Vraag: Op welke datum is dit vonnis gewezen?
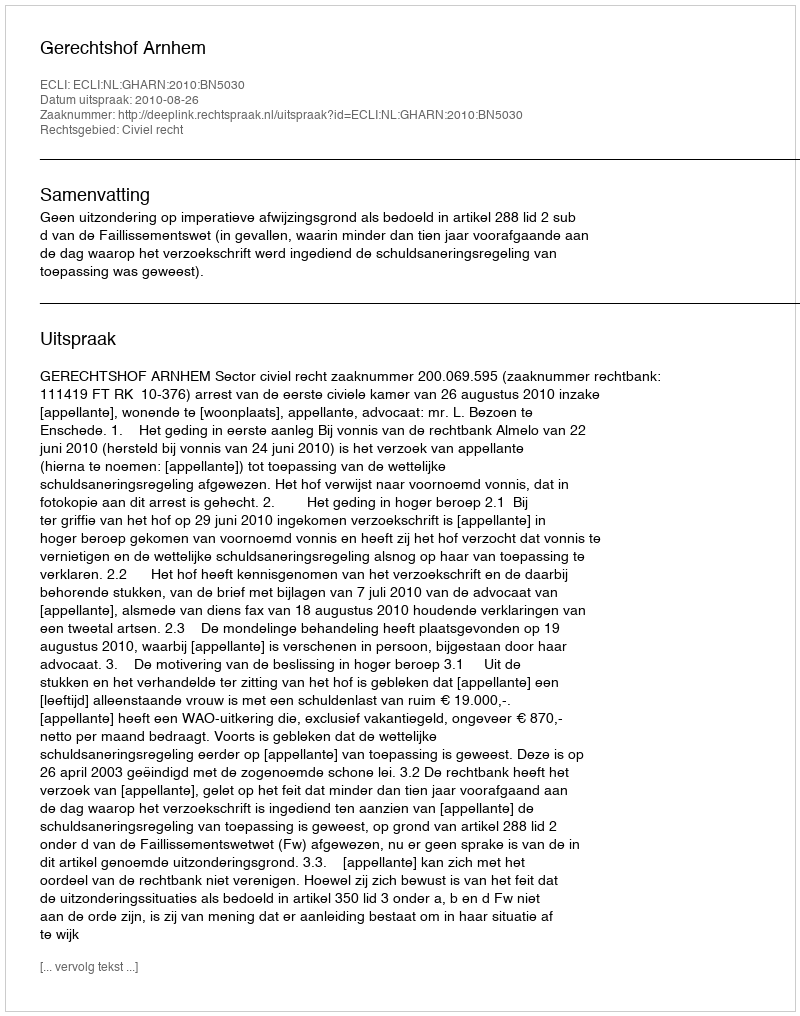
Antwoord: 2010-08-26